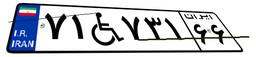
۶۶W۴۸۷۶۹